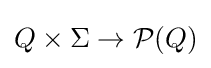
Q\times \Sigma \rightarrow {\mathcal {P}}(Q)